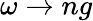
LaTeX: \omega\to ng